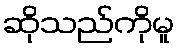
ဆိုသည်ကိုမူ